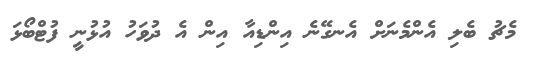
މެޗު ބެލި އެންމެނަށް އެނގޭނެ އިންޑިއާ އިން އެ ދުވަހު އުޅުނީ ފުޓްބޯޅަ